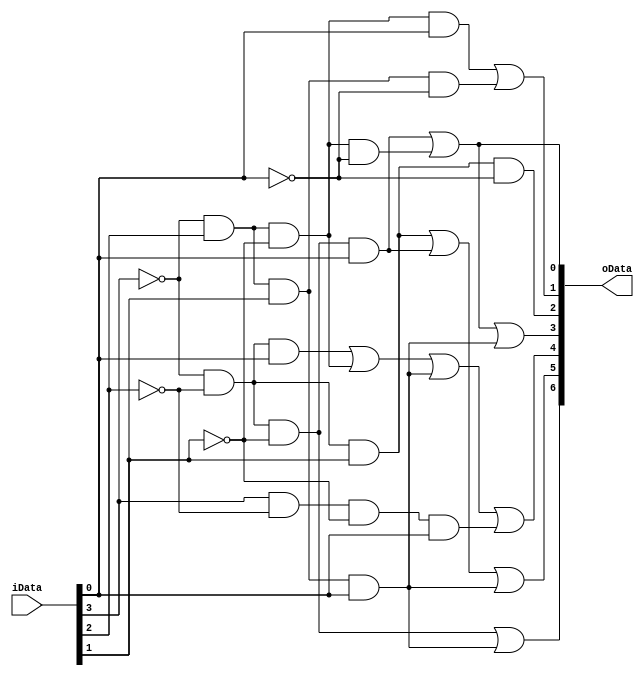
`timescale 1ns / 1ps
module display7(
    input [3:0] iData, // D3~D0
    output reg[6:0] oData // g~a
);
    always@(*)
    begin
        oData[6] <= (~iData[3] & ~iData[2] & ~iData[1]) | (~iData[3] & iData[2]& iData[1] & iData[0]);
        oData[5] <= (~iData[3] & ~iData[2] & iData[1]) | (~iData[3] & ~iData[2] & ~iData[1] & iData[0]) | (~iData[3] &  iData[2] &  iData[1] & iData[0]);
        oData[4] <= (~iData[3] & ~iData[2] & iData[0]) | (~iData[3] &  iData[2] & ~iData[1]) | (~iData[3] &  iData[2] &  iData[1] & iData[0]) | ( iData[3] & ~iData[2] & ~iData[1] & iData[0]);
        oData[3] <= (~iData[3] & ~iData[2] & ~iData[1] & iData[0]) | (~iData[3] &  iData[2] & ~iData[1] & ~iData[0]) | (~iData[3] &  iData[2] &  iData[1] & iData[0]);
        oData[2] <= (~iData[3] & ~iData[2] &  iData[1] & ~iData[0]);
        oData[1] <= (~iData[3] &  iData[2] & ~iData[1] & iData[0]) | (~iData[3] &  iData[2] &  iData[1] & ~iData[0]);
        oData[0] <= (~iData[3] & ~iData[2] & ~iData[1] & iData[0]) | (~iData[3] &  iData[2] & ~iData[1] & ~iData[0]);
    
    end
endmodule